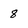
Character: 8